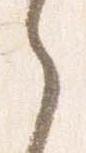
之